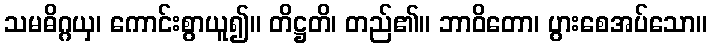
သမဓိဂ္ဂယှ၊ ကောင်းစွာယူ၍။ တိဋ္ဌတိ၊ တည်၏။ ဘာဝိတော၊ ပွားစေအပ်သော။